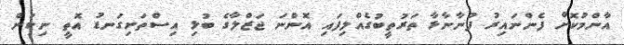
އާންމުކޮށް ފެންނައިރު ފުނާނާޅާ ތަރުތީބުގެއްލިފައި އޮންނަ ޖަޒްލާގެ ބުޅި އިސްތަށިގަނޑު އޮތީ ނިކަން